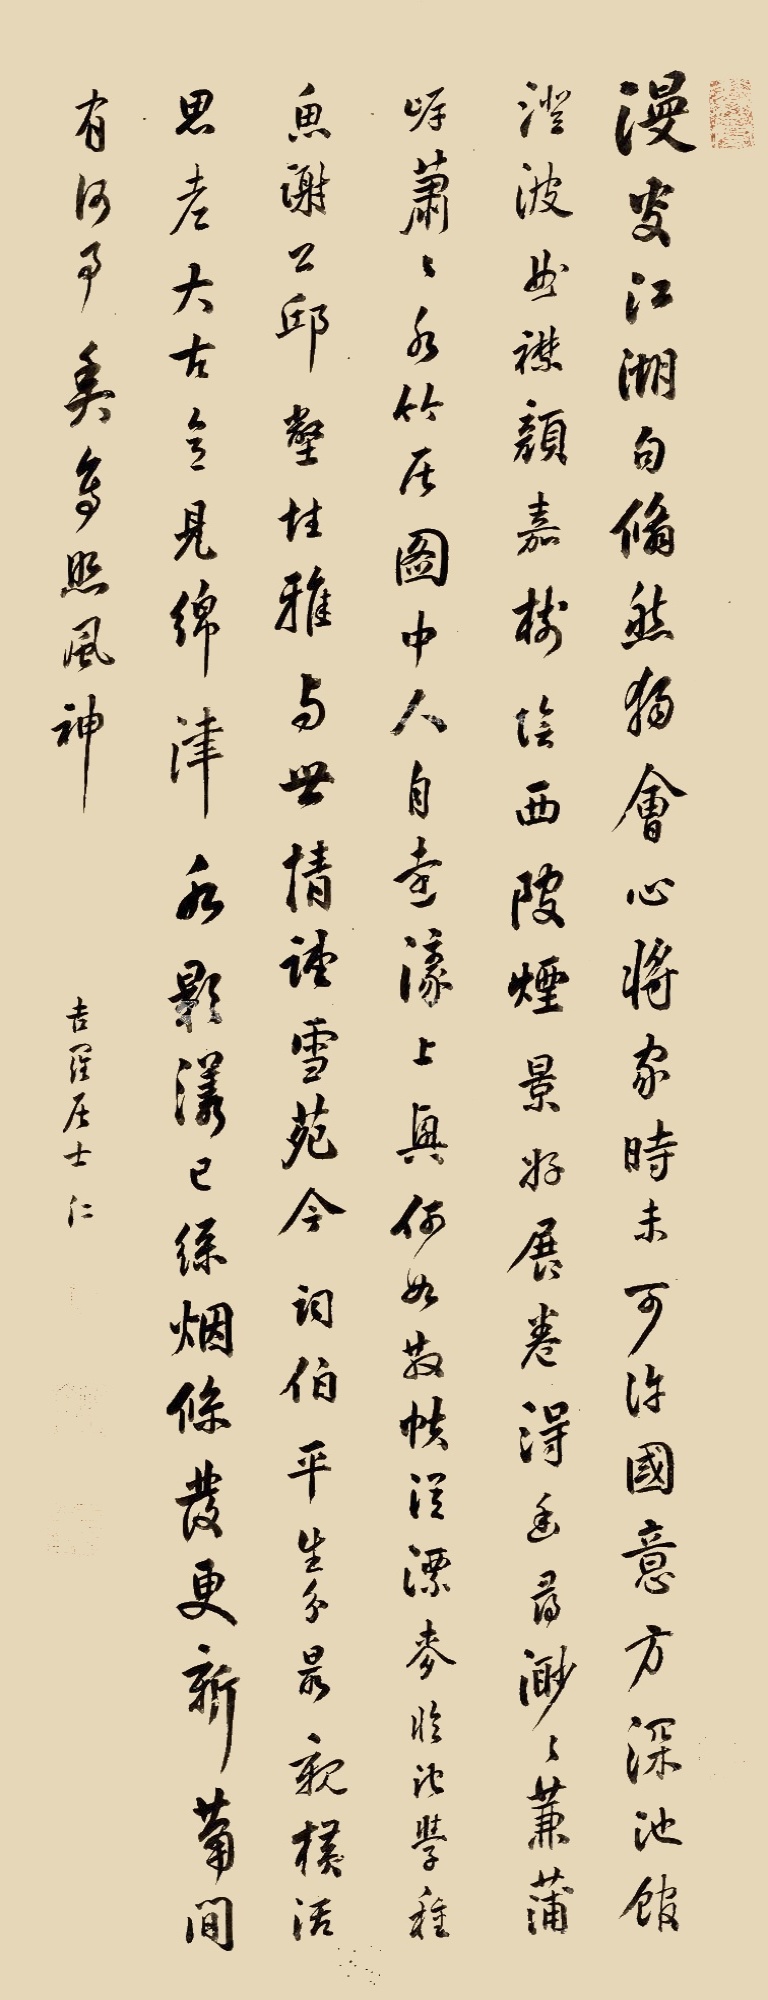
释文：漫搜江湖句，修然独会心，将家时未可，许国意方深，池馆澄波曲，襟颜嘉树险，西陂烟景好，展卷得幽寻。渺渺蒹蒲岸，萧萧水竹居，图中人自远，濠上兴何如，散帧从漂麦，临池学种鱼，谢公邱壑佳，雅与世情疎，雪苑今词伯，平生分最亲，横活思老大，古意见绵津，水影漾已绿，烟条发更新，萧闭有何事，爽鸟照风神。吉萝居士仁。